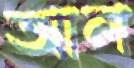
আল